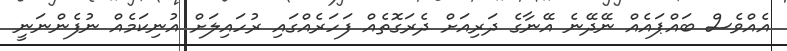
އެއްވެސް ބައްޕައެއް ނޭދޭނެ އޭނާގެ ދަރިއަށް ދެރަގޮތެއް ފަހަރެއްގައި ރުހައިލަށް އުނިކަމެއް ނުފެންނަނީ